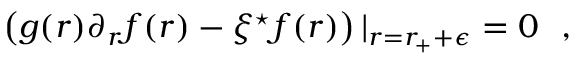
\left( g ( r ) \partial _ { r } f ( r ) - \xi ^ { \star } f ( r ) \right) | _ { r = r _ { + } + \epsilon } = 0 ~ ~ ,